Rules regarding the measures to be adopted on the outbreak of cholera or appearance of small-pox
Disease focus: Cholera
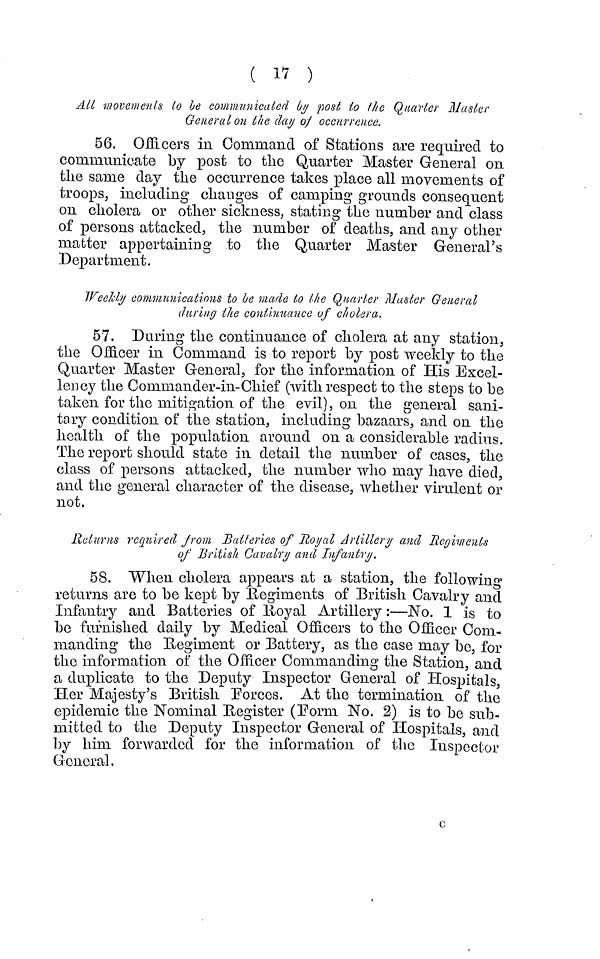
( 17 )
All movements to be communicated by post to the Quarter Master
General on the day of occurrence.
56. Officers in Command of Stations are required to
communicate by post to the Quarter Master General on
the same day the occurrence takes place all movements of
troops, including changes of camping grounds consequent
on cholera or other sickness, stating the number and class
of persons attacked, the number of deaths, and any other
matter appertaining to the Quarter Master General's
Department.
Weekly communications to be made to the Quarter Muster General
during the continuance of cholera.
57. During the continuance of cholera at any station,
the Officer in Command is to report by post weekly to the
Quarter Master General, for the information of His Excel-
lency the Commander-in-Chief (with respect to the steps to be
taken for the mitigation of the evil), on the general sani-
tary condition of the station, including bazaars, and on the
health of the population around on a considerable radius.
The report should state in detail the number of cases, the
class of persons attacked, the number who may have died,
and the general character of the disease, whether virulent or
not.
Returns required from Batteries of Royal Artillery and Regiments
of British Cavalry and Infantry.
58. When cholera appears at a station, the following
returns are to be kept by Regiments of British Cavalry and
Infantry and Batteries of Royal Artillery :—No. 1 is to
be furnished daily by Medical Officers to the Officer Com-
manding the Regiment or Battery, as the case may be, for
the information of the Officer Commanding the Station, and
a duplicate to the Deputy Inspector General of Hospitals,
Her Majesty's British Torces. At the termination of the
epidemic the Nominal Register (Form No. 2) is to be sub-
mitted to the Deputy Inspector General of Hospitals, and
by him forwarded for the information of the Inspector
General.